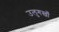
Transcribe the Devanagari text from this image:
उलुगख़ाँ